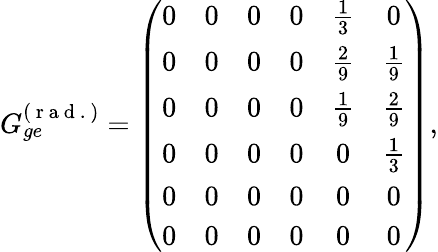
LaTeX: G_{ge}^{(\mathrm{~r~a~d~.~})}=\left(\begin{array}{cccccc}{0}&{0}&{0}&{0}&{\frac{1}{3}}&{0}\\ {0}&{0}&{0}&{0}&{\frac{2}{9}}&{\frac{1}{9}}\\ {0}&{0}&{0}&{0}&{\frac{1}{9}}&{\frac{2}{9}}\\ {0}&{0}&{0}&{0}&{0}&{\frac{1}{3}}\\ {0}&{0}&{0}&{0}&{0}&{0}\\ {0}&{0}&{0}&{0}&{0}&{0}\end{array}\right),